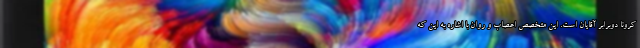
کرونا دوبرابر آقایان است. این متخصص اعصاب و روان با اشاره به این که